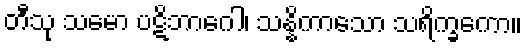
တီသု သမော ပဋိဘာဂေါ၊ သန္နိကာသော သရိက္ခကော။